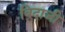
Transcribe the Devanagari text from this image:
बिदाजी